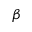
\beta